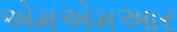
એમએમઆર